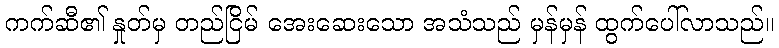
ကက်ဆီ၏ နှုတ်မှ တည်ငြိမ် အေးဆေးသော အသံသည် မှန်မှန် ထွက်ပေါ်လာသည်။